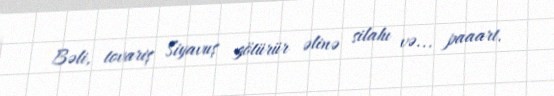
Bəli, tovariş Siyavuş götürür əlinə silahı və... paaart.